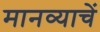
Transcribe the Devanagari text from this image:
मानव्याचें